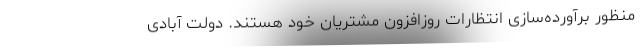
منظور برآورده‌سازی انتظارات روزافزون مشتریان خود هستند. دولت آبادی